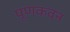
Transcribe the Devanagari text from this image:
पूणकवन